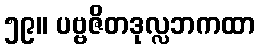
၅၉။ ပဗ္ဗဇိတဒုလ္လဘကထာ